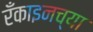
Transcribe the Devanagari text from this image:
रँकाइनच्या